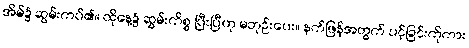
အိမ်၌ ဆွမ်းကပ်၏။ ထိုနေ့၌ ဆွမ်းကိစ္စ ပြီးပြီဟု မဘုဉ်းပေး။ နက်ဖြန်အတွက် ပင့်ခြင်းကိုကား